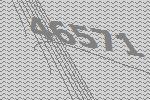
46571